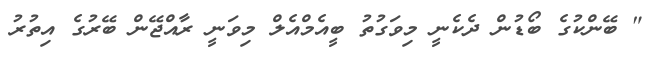
" ބޭންކުގެެ ބޯޑުން ދެކެނީ މިވަގުތު ބީއެމްއެލް މިވަނީ ރާއްޖޭން ބޭރުގެ އިތުރު